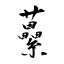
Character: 虆